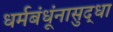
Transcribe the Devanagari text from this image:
धर्मबंधूंनासुद्धा